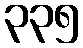
၃၃၅